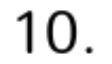
10.